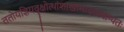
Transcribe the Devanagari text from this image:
ततोयज्ञियवृक्षोत्थांशाखामादायवाग्यतः